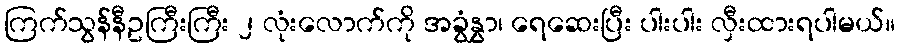
ကြက်သွန်နီဥကြီးကြီး ၂ လုံးလောက်ကို အခွံနွှာ၊ ရေဆေးပြီး ပါးပါး လှီးထားရပါမယ်။